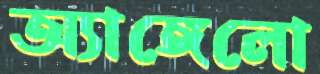
অ্যাঙ্গেলো